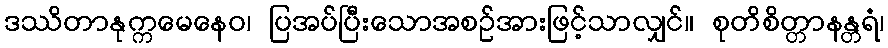
ဒဿိတာနုက္ကမေနေဝ၊ ပြအပ်ပြီးသောအစဉ်အားဖြင့်သာလျှင်။ စုတိစိတ္တာနန္တရံ၊